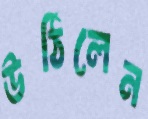
উঠিলেন